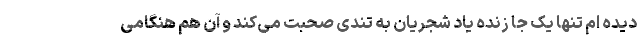
دیده ام تنها یک جا زنده یاد شجریان به تندی صحبت می‌کند و آن هم هنگامی